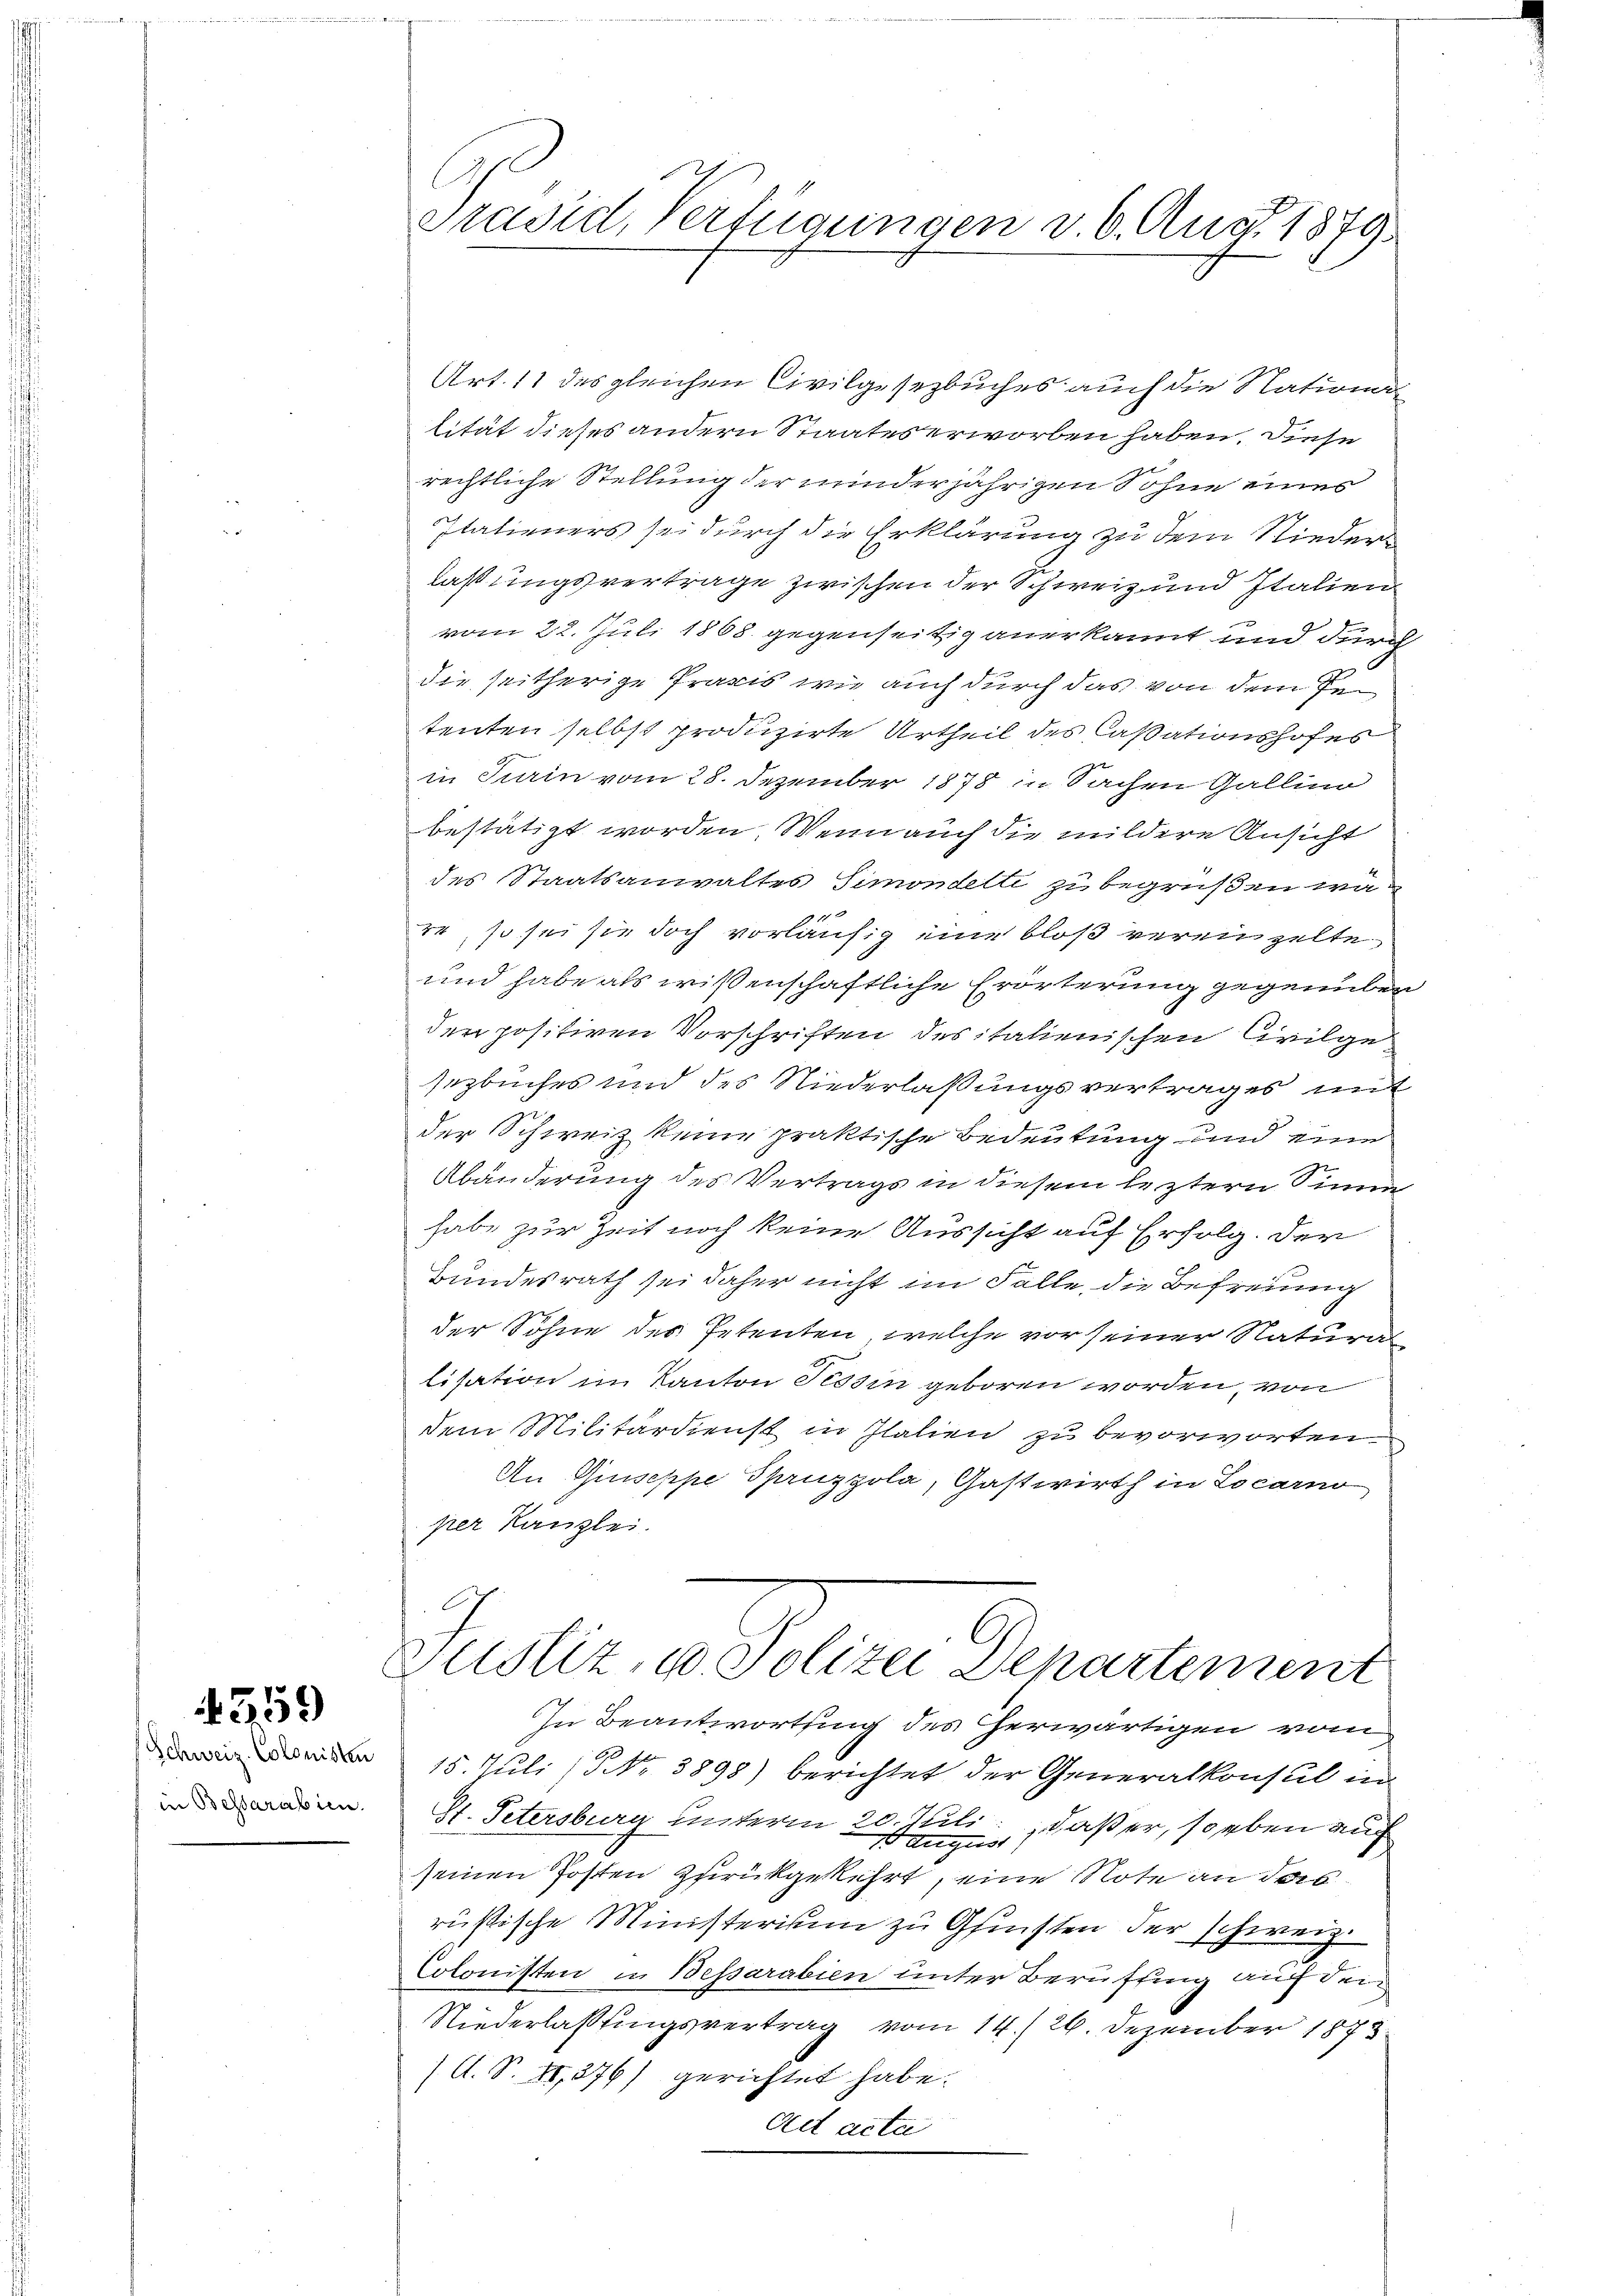
Schweiz. Colonisten
in Bestarabien.

4359

Präsid, Verfügungen v. 6. Aug. 1879.

Art. 11 des gleichen Civilgesezbuches auch die Nation
lität dieses andern Staates erworben haben. Diese
rechtliche Stellung der minderjährigen Sohne eines
Italieners sei durch die Erklärung zu dem Niederlaßungsvertrage zwischen der Schweiz und Italien
vom 22. Juli 1868 gegenseitig anerkannt und durch
die seitherige Praxis wie auch durch das von dem P
tenten selbst produzirte Urtheil des Cassationshofes
in Turin vom 28. Dezember 1878 in Sachen Gallin
bestätigt worden. Wenn auch die mildere Ansicht
des Staatsanwaltes Simondelte zu begrüßen wa-
44, so sei sie doch vorläufig eine bloß verenzelte
und habe als wissenschaftliche Erörterung gegenüber
der positiven Vorschriften des italienischen Civilge
sezbuches und des Niederlaßungsvertrages und
der Schweiz keine praktische Bedeutung und eine
Abänderung des Vertrags in diesem leztern Sinne
habe zur Zeit noch keine Aussicht auf Erfolg. Der
Bundesrath sei daher nicht im Falle, die Befreiung
der Söhne des Petenten, welche vor seiner Natural
lisation im Kanton Tessin geboren worden, von
dem Militärdienst in Italien zu bevorworten
An Giuseppe Spruzzola, Gastwirth in Locarno
per Kanzlei.
Justiz in Polizei Departement
In Beantwortung des herwärtigen vom
15. Juli (Nr. 3898) berichtet der Generalkonsul in
St. Petersburg unterm 20. Juli, daß er, so eben auch
seinen Posten zurückgekehrt, eine Note an das
russische Ministerium zu Gunsten der schweiz.
Colonisten in Bessarabien unter Beruffing auf den
Niederlastungsvertrag vom 14./26. Dezember 1873
(A. S. II,876) gerichtet habe.
Act acta